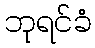
ဘုရင်ခံ